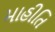
માહીતિ